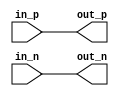
module differential_buffer (
  input in_p, in_n,
  output out_p, out_n
);

assign out_p = in_p;
assign out_n = in_n;

endmodule